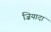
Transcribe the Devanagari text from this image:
ज़ियादा